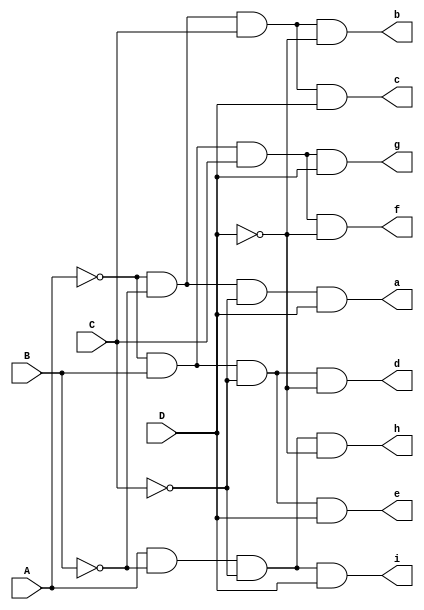
`timescale 1ns / 1ps

module btd(
    input A, B, C, D,
    output a, b, c, d, e, f, g, h, i
);

assign a = ~A & ~B & ~C & D;
assign b = ~A & ~B & C & ~D;
assign c = ~A & ~B & C & D;
assign d = ~A & B & ~C & ~D;
assign e = ~A & B & ~C & D;
assign f = ~A & B & C & ~D;
assign g = ~A & B & C & D;
assign h =  A & ~B & ~C & ~D;
assign i =  A & ~B & ~C & D;

endmodule